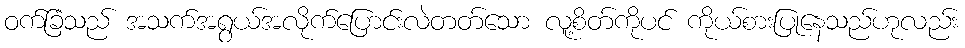
ဝက်ခြံသည် အသက်အရွယ်အလိုက်ပြောင်းလဲတတ်သော လူ့စိတ်ကိုပင် ကိုယ်စားပြုနေသည်ဟုလည်း